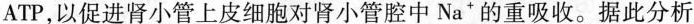
ATP，以促进肾小管上皮细胞对肾小管腔中Na+的重吸收。据此分析